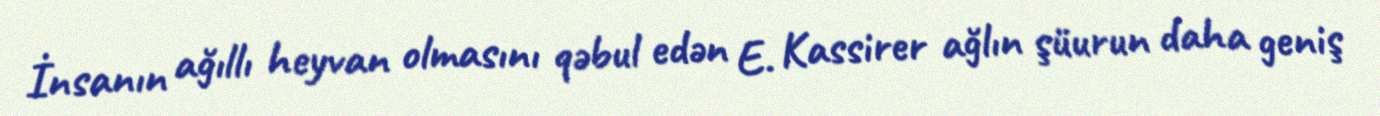
İnsanın ağıllı heyvan olmasını qəbul edən E. Kassirer ağlın şüurun daha geniş